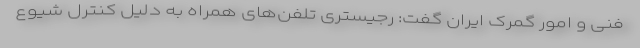
فنی و امور گمرک ایران گفت: رجیستری تلفن‌های همراه به دلیل کنترل شیوع